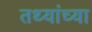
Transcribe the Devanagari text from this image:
तथ्‍यांच्‍या